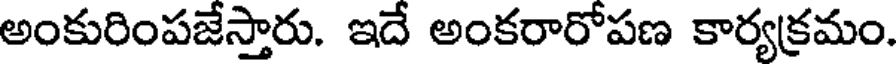
అంకురింపజేస్తారు. ఇదే అంకరారోపణ కార్యక్రమం.